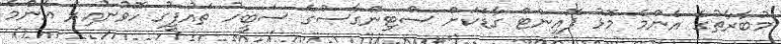
މުބާރާތުގެ އެންމެ މޮޅު ޕޮއިންޓް ގާޑަކަށް ސްޓިންގާސްގެ ސަބީހު ތައުފީގު ހޮވުނުއިރު އެންމެ